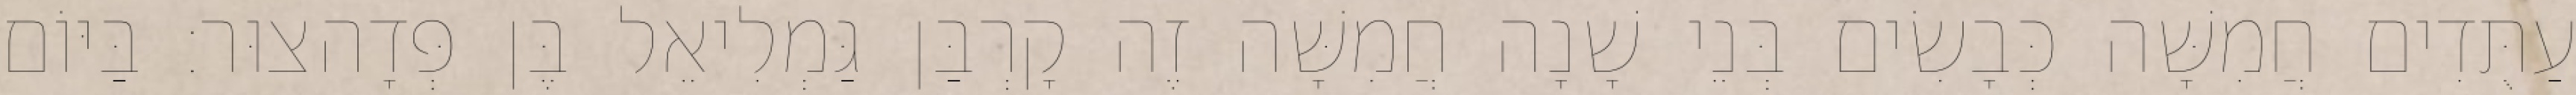
עַתֻּדִים חֲמִשָּׁה כְּבָשִׂים בְּנֵי שָׁנָה חֲמִשָּׁה זֶה קָרְבַּן גַּמְלִיאֵל בֶּן פְּדָהצוּר׃ בַּיּוֹם